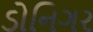
ડોનિગર